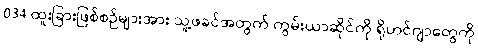
034 ထူးခြားဖြစ်စဉ်များအား သူ့ဖခင်အတွက် ကွမ်းယာဆိုင်ကို ရိုဟင်ဂျာတွေကို